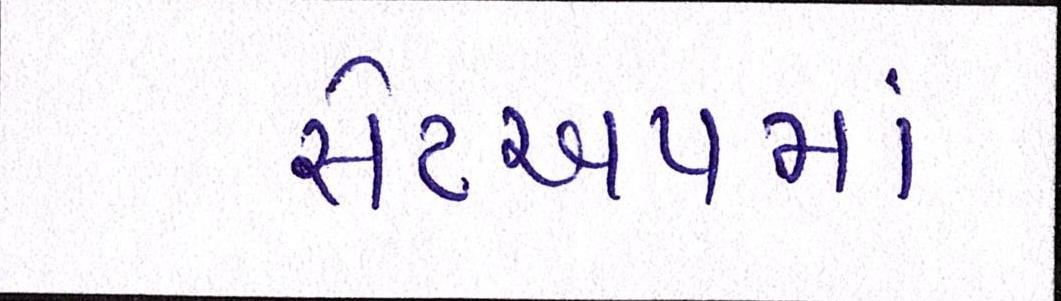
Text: સેટઅપમાં